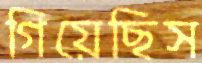
গিয়েছিস